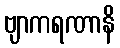
ဗျာကရဏာနိ